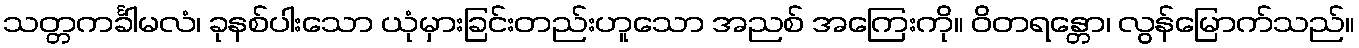
သတ္တကင်္ခါမလံ၊ ခုနစ်ပါးသော ယုံမှားခြင်းတည်းဟူသော အညစ် အကြေးကို။ ဝိတရန္တော၊ လွန်မြောက်သည်။